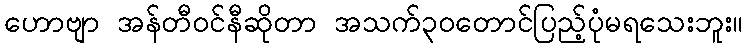
ဟောဗျာ အန်တီဝင်နီဆိုတာ အသက်၃ဝတောင်ပြည့်ပုံမရသေးဘူး။